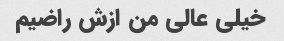
خیلی عالی من ازش راضیم